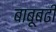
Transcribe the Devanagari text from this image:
बाबूबढी